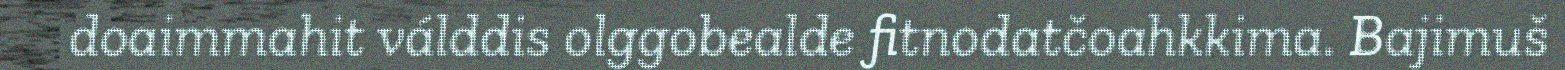
doaimmahit válddis olggobealde fitnodatčoahkkima. Bajimuš